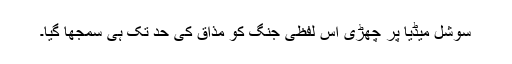
سوشل میڈیا پر چھڑی اس لفظی جنگ کو مذاق کی حد تک ہی سمجھا گیا۔